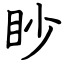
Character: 眇